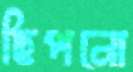
ছিপনো